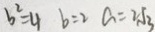
b ^ { 2 } = 4 b = 2 a = 2 \sqrt { 3 }